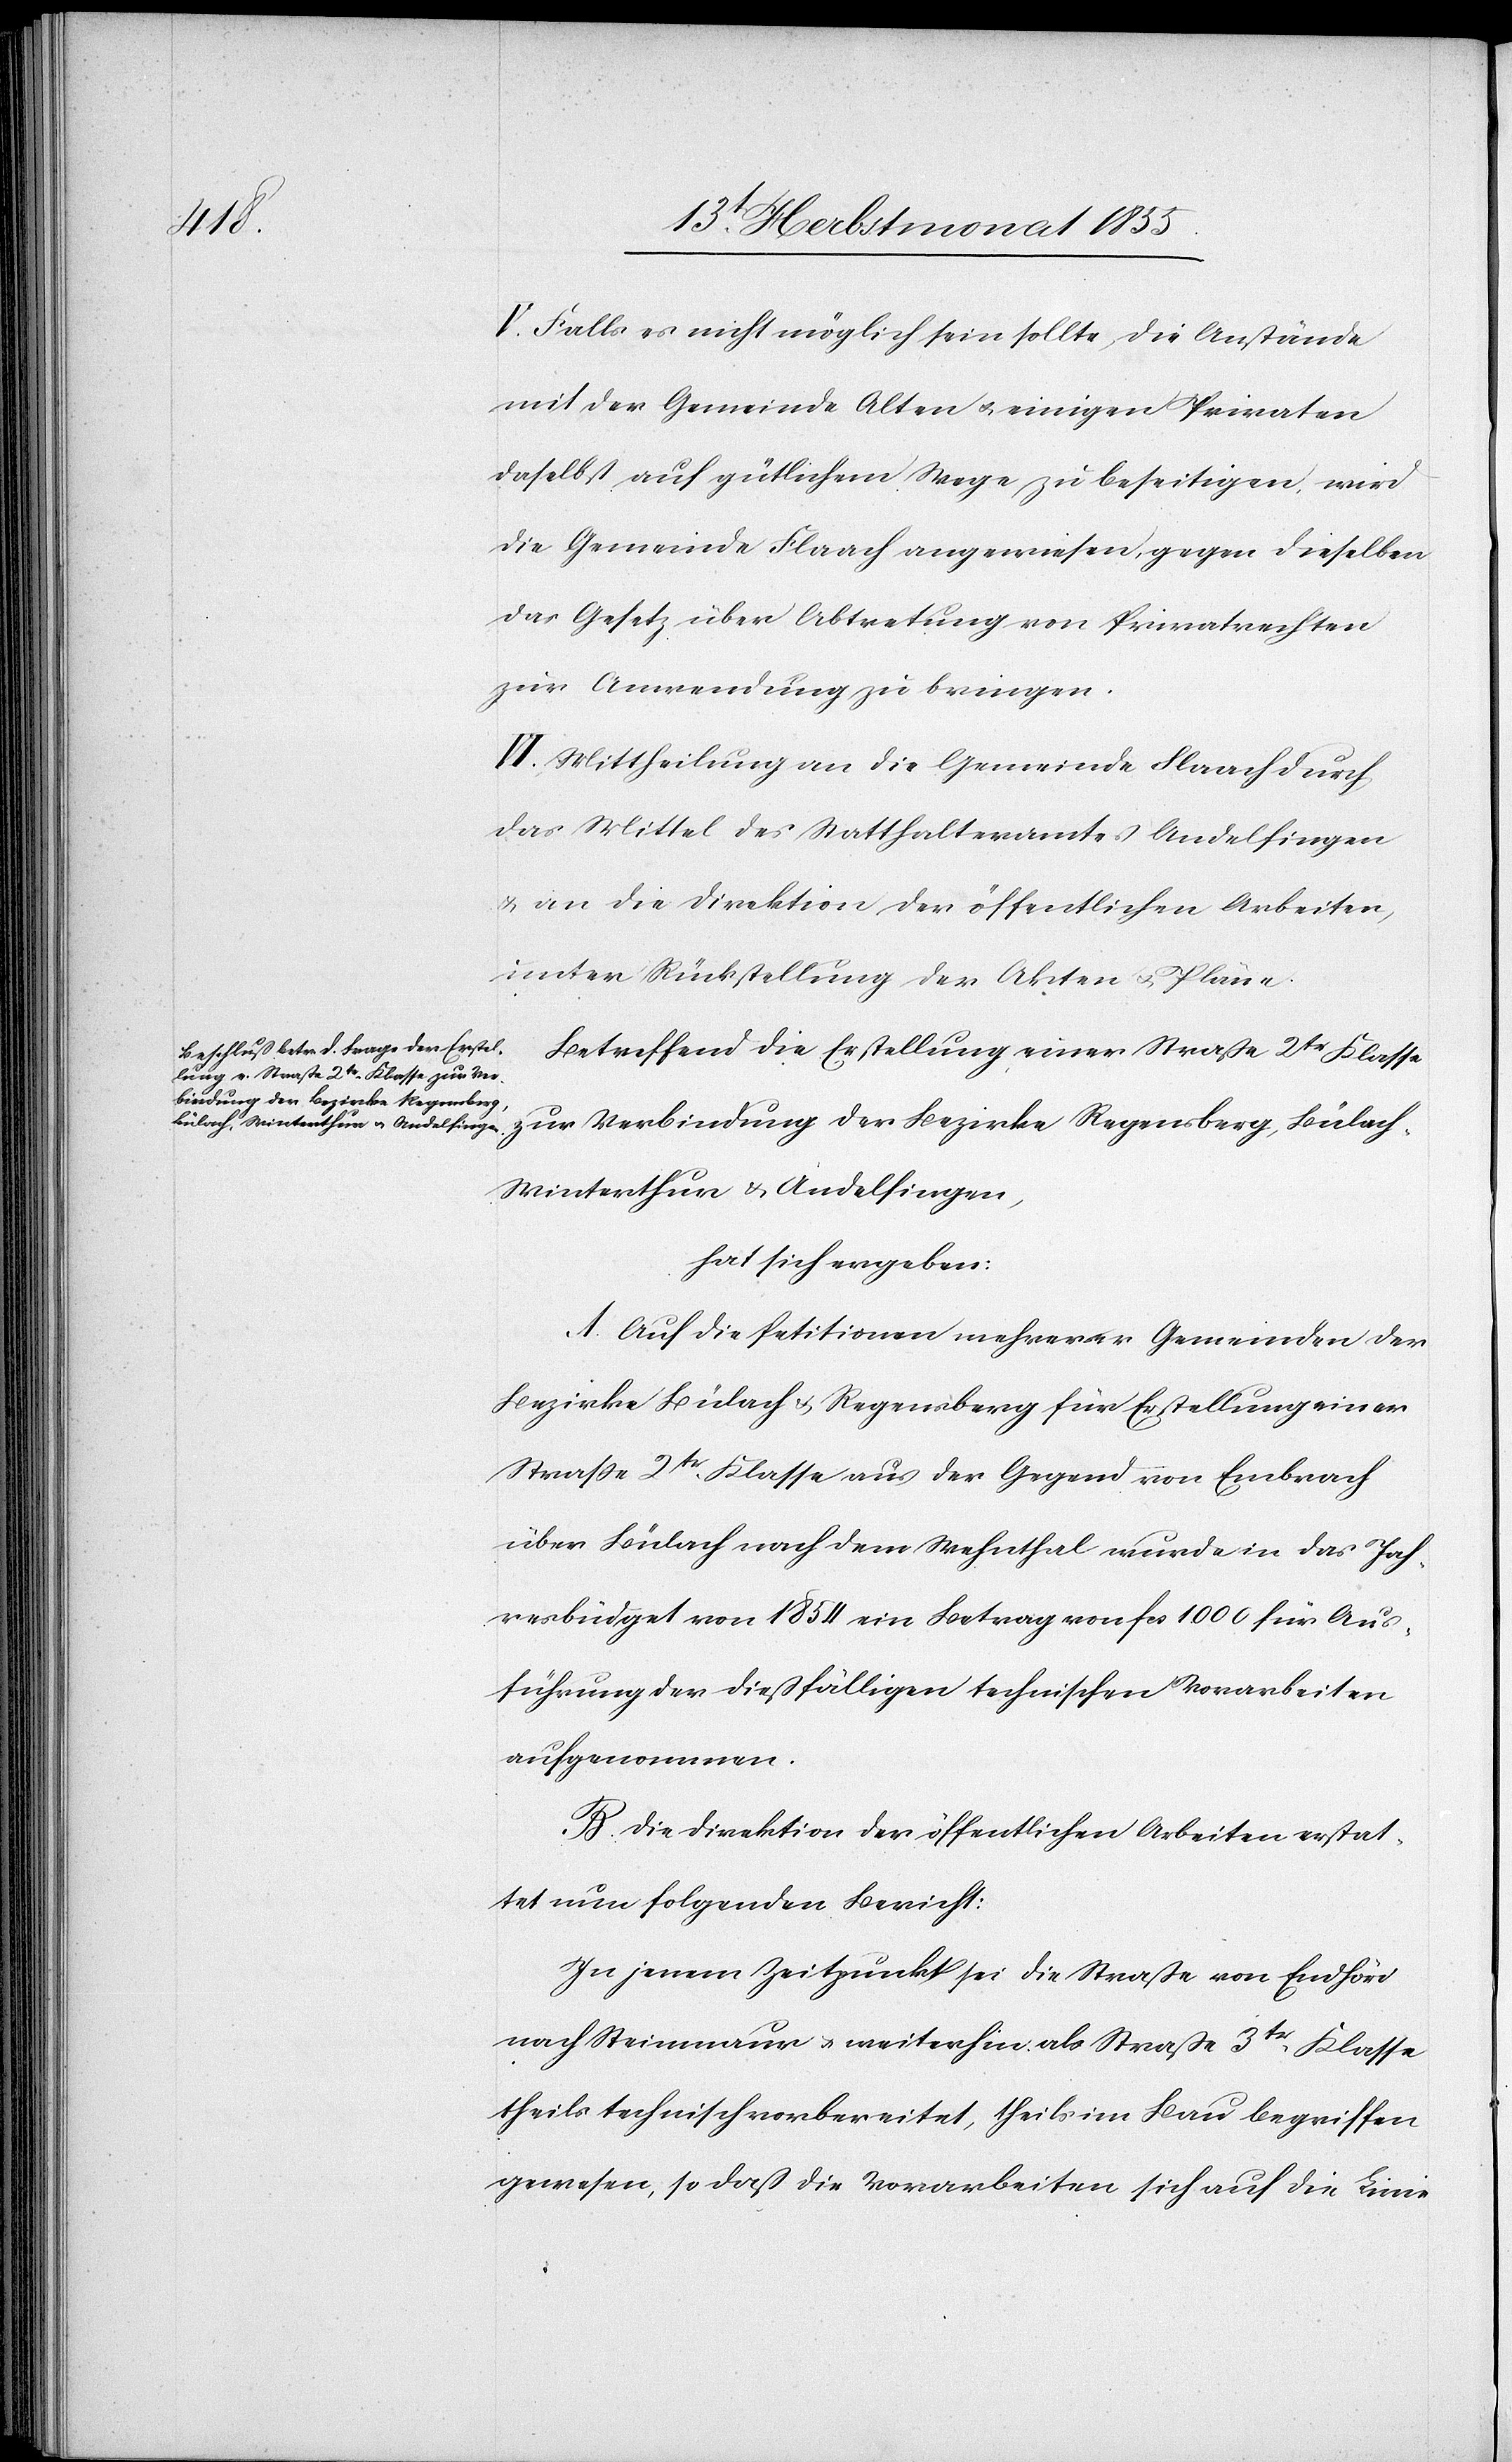
V. Falls es nicht möglich sein sollte, die Anstände
mit der Gemeinde Alten & einigen Privaten
daselbst auf gütlichem Wege zu beseitigen, wird
die Gemeinde Flaach angewiesen, gegen dieselben
das Gesetz über Abtretung von Privatrechten
zur Anwendung zu bringen.
VI. Mittheilung an die Gemeinde Flaach durch
das Mittel des Statthalteramtes Andelfingen
& an die Direktion der öffentlichen Arbeiten,
unter Rückstellung der Akten & Pläne.
Betreffend die Erstellung einer Straße 2tr Klasse
zur Verbindung der Bezirke Regensberg, Bülach,
Winterthur & Andelfingen,
hat sich ergeben:
A. Auf die Petitionen mehrerer Gemeinden der
Bezirke Bülach & Regensberg für Erstellung einer
Straße 2tr. Klasse aus der Gegend von Embrach
über Bülach nach dem Wehnthal wurde in das Jah¬
resbüdget von 1854 ein Betrag von Fcs 1000 für Aus¬
führung der dießfälligen technischen Vorarbeiten
aufgenommen.
B. Die Direktion der öffentlichen Arbeiten erstat¬
tet nun folgenden Bericht:
In jenem Zeitpunkt sei die Straße von Endhöri
nach Steinmaur & weiterhin als Straße 3tr. Klasse
theils technisch vorbereitet, theils im Bau begriffen
gewesen, so daß die Vorarbeiten sich auf die Linie